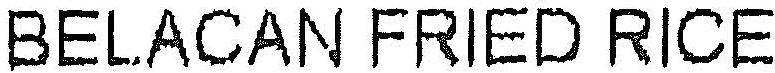
BELACAN FRIED RICE